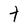
Character: t